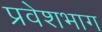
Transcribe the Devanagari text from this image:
प्रवेशभाग